Problem: 44 + 46 = ?
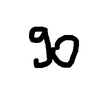
Handwritten answer: 90